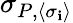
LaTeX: \sigma_{P,\langle\sigma_{\mathbf{i}}\rangle}